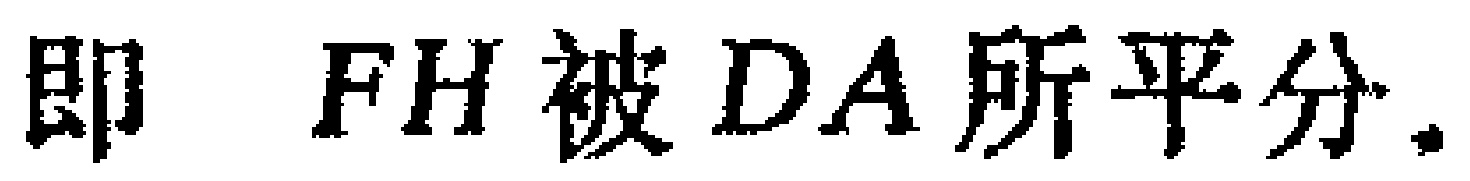
即 \(FH\) 被 \(DA\) 所平分.